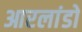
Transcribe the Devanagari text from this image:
आरलांडो